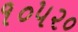
૧૦૫૨૦